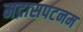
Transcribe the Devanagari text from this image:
मद्रासपटनम